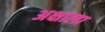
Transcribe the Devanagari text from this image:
अक्षाला